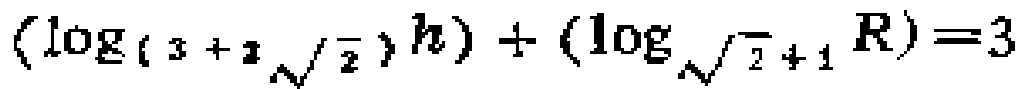
\((\log_{(3 + 2\sqrt{2})}h)+(\log_{\sqrt{2}+1}R)=3\)